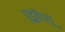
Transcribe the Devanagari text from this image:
पुडुवैप्पू